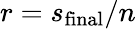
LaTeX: r=s_{\mathrm{final}}/n